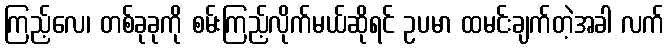
ကြည့်လေ၊ တစ်ခုခုကို စမ်းကြည့်လိုက်မယ်ဆိုရင် ဥပမာ ထမင်းချက်တဲ့အခါ လက်